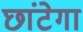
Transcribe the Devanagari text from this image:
छांटेगा